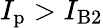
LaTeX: I_{\mathrm{p}}>I_{\mathrm{B}2}